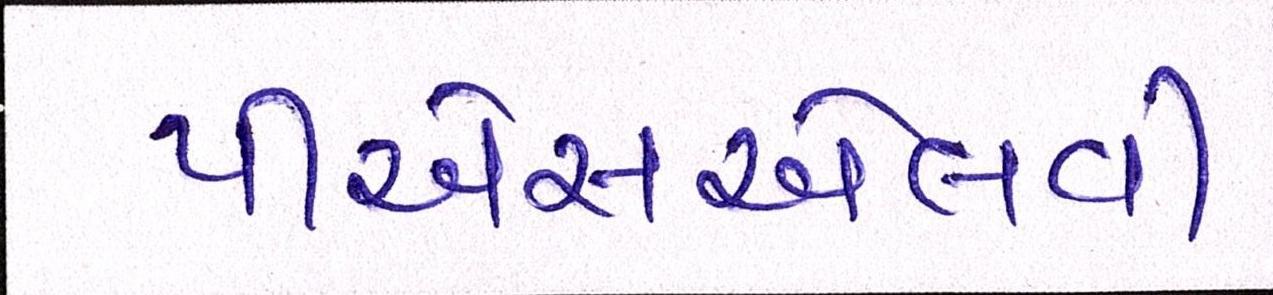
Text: પીએસએલવી